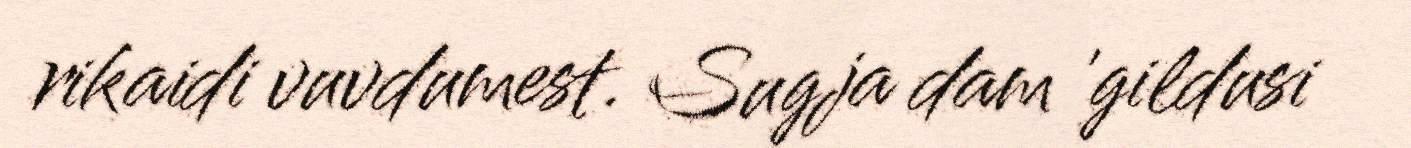
rikaidi vuvdumest. Sugja dam 'gildusi